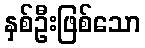
နှစ်ဦးဖြစ်သော